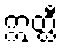
ဣတ္ထီ